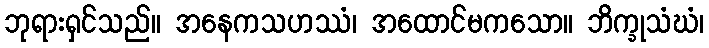
ဘုရားရှင်သည်။ အနေကသဟဿံ၊ အထောင်မကသော။ ဘိက္ခုသံဃံ၊